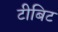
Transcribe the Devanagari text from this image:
टीबिट